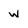
Character: W